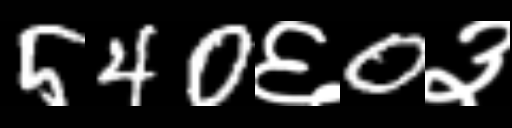
Text: 540६0३